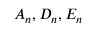
A _ { n } , D _ { n } , E _ { n }